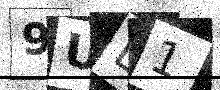
Text: 9UD1